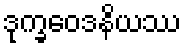
ဒုက္ခဝေဒနိယဿ